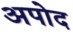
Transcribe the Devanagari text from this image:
अपोद